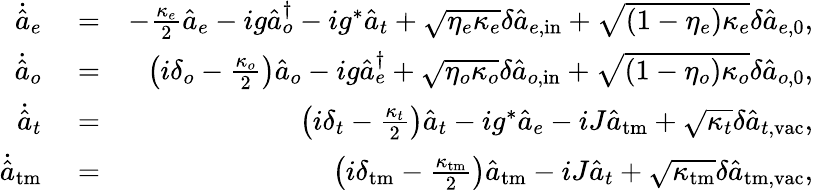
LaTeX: \begin{array}{rlr}{\dot{\hat{a}}_{e}}&{{}=}&{-\frac{\kappa_{e}}{2}\hat{a}_{e}-ig\hat{a}_{o}^{\dagger}-ig^{*}\hat{a}_{t}+\sqrt{\eta_{e}\kappa_{e}}\delta\hat{a}_{e,\mathrm{in}}+\sqrt{\left(1-\eta_{e}\right)\kappa_{e}}\delta\hat{a}_{e,0},}\\ {\dot{\hat{a}}_{o}}&{{}=}&{\left(i\delta_{o}-\frac{\kappa_{o}}{2}\right)\hat{a}_{o}-ig\hat{a}_{e}^{\dagger}+\sqrt{\eta_{o}\kappa_{o}}\delta\hat{a}_{o,\mathrm{in}}+\sqrt{\left(1-\eta_{o}\right)\kappa_{o}}\delta\hat{a}_{o,\mathrm{0}},}\\ {\dot{\hat{a}}_{t}}&{{}=}&{\left(i\delta_{t}-\frac{\kappa_{t}}{2}\right)\hat{a}_{t}-ig^{*}\hat{a}_{e}-iJ\hat{a}_{\mathrm{tm}}+\sqrt{\kappa_{t}}\delta\hat{a}_{t,\mathrm{vac}},}\\ {\dot{\hat{a}}_{\mathrm{tm}}}&{{}=}&{\left(i\delta_{\mathrm{tm}}-\frac{\kappa_{\mathrm{tm}}}{2}\right)\hat{a}_{\mathrm{tm}}-iJ\hat{a}_{t}+\sqrt{\kappa_{\mathrm{tm}}}\delta\hat{a}_{{\mathrm{tm}},\mathrm{vac}},}\end{array}